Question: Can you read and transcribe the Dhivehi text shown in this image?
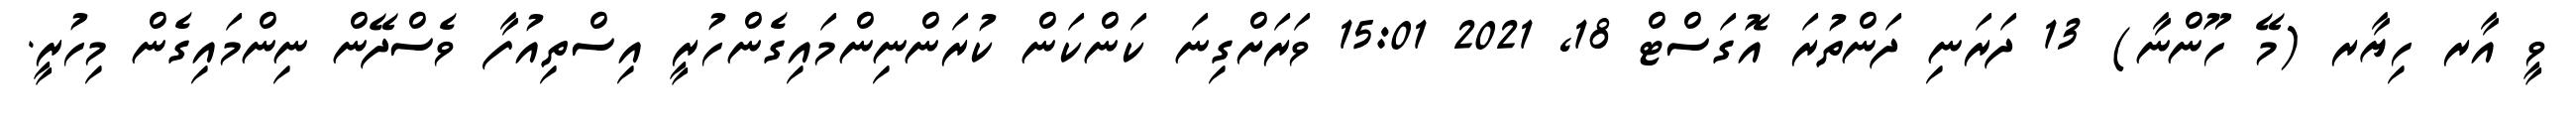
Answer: ވީ އާރ ހިޔާރ (މޭ ހޫންނާ) 13 ދަރަނި ދަންތުރަ އޮގަސްޓް 18, 2021 15:01 ވަރަށްގިނަ ކަންކަން ކުރަންނިންމައިގެންހުރީ އިސްތިއުފާ ވެސްދޭން ނިންމައިގެން މިހުރީ.